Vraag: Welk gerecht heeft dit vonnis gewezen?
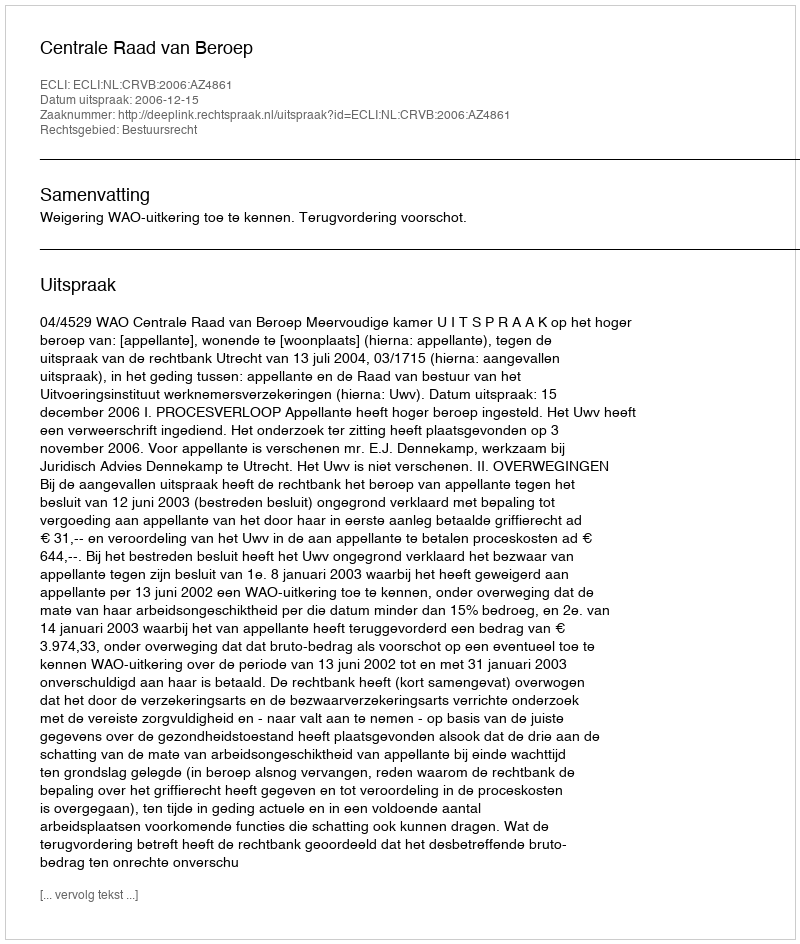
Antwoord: Centrale Raad van Beroep